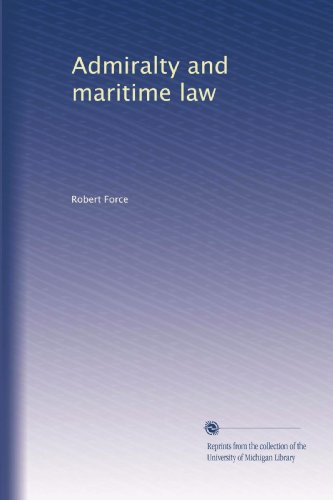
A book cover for Admiralty and maritime law; Robert Force; Law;